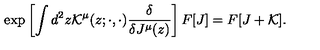
\exp \left[ \int d ^ { 2 } z { \cal K } ^ { \mu } ( z ; \cdot , \cdot ) \frac { \delta } { \delta J ^ { \mu } ( z ) } \right] F [ J ] = F [ J + { \cal K } ] .